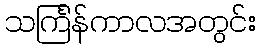
သင်္ကြန်ကာလအတွင်း